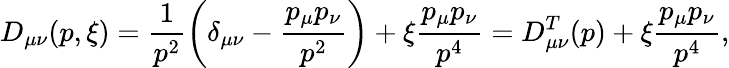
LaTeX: D_{\mu\nu}(p,\xi)=\frac{1}{p^{2}}\left(\delta_{\mu\nu}-\frac{p_{\mu}p_{\nu}}{p^{2}}\right)+\xi\frac{p_{\mu}p_{\nu}}{p^{4}}=D_{\mu\nu}^{T}(p)+\xi\frac{p_{\mu}p_{\nu}}{p^{4}},